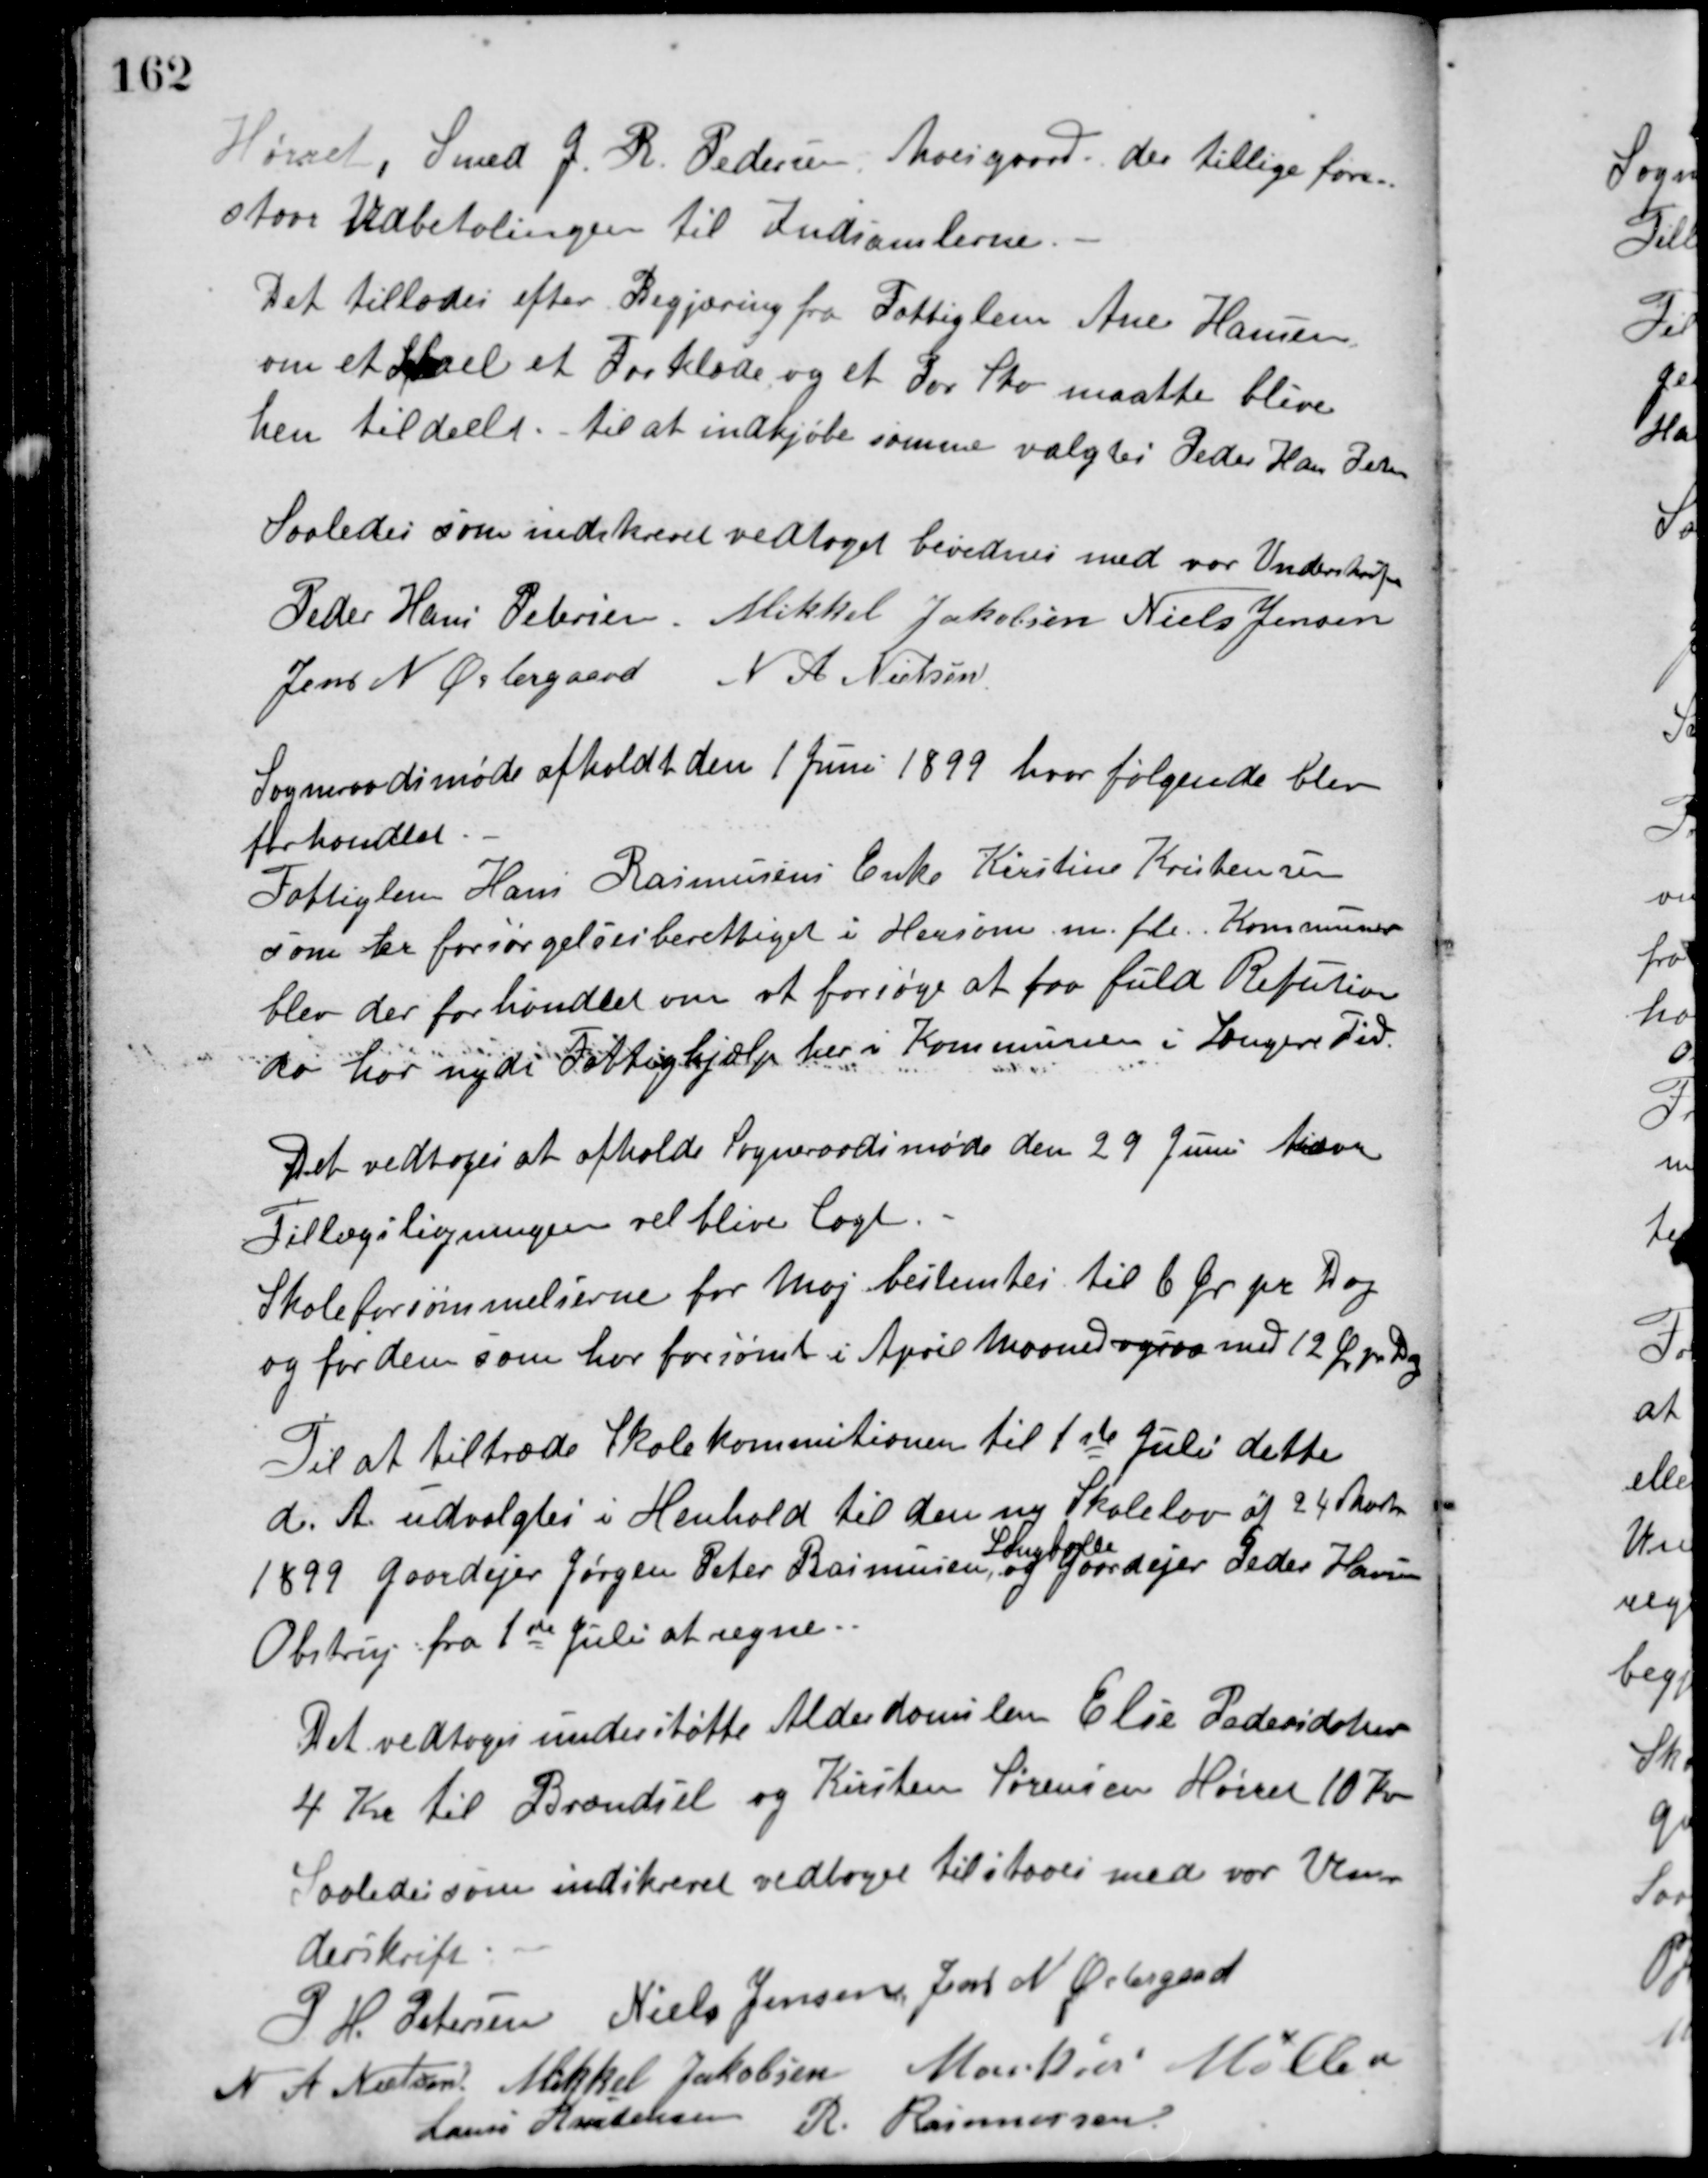
Transskription:
Hørret, Smed J. R. Pedersen, Moesgaard, der tillige fore-
staar Udbetalingen til Indsamlerne.
Det tillodes efter Begjæring fra Fattiglem Ane Hansen
om et Lykael et Forklæde og et par Sko maatte blive
hen tildelt. til at indkjøbe samme valgtes Peder Hans Petersen.
Saaledes som indskrevet vedtaget bevidnes med vor Underskrift
Peder Hans Petersen Mikkel Jakobsen Niels Jensen
Jens N. Østergaard N. A. Nielsen
Sogneraadsmøde afholdt den 1 Juni 1899 hvor følgende blev
forhandlet.
Fattiglem Hans Rasmussens Enke Kirstine Kristensen
som der forsørgelsesberettiget i Hersom m. fl. Kommuner
blev der forhandlet om at forsøge at faa fuld Refution
da har nydt Fattighjælp her i Kommunen i Længere Tid.
Det vedtoges at afholde Sogneraadsmøde den 29 Juni hvor
Tillægsligningen vil blive lagt.
Skoleforsømmelserne for Maj bestemtes til 6 Øre pr. Dag
og for dem som har forsømt i April Maaned ogsaa med 12 Øre pr. Dag
Til at tiltræde Skolekommitionen til 1ste Juli dette
d. A. udvalgtes i Henhold til den ny Skolelov af 24 Marts
1899 Gaardejer Jørgen Peter Rasmussen,
Langballe
og Gaardejer Peder Hansen
Obstrup fra 1ste Juli at regne.
Det vedtoges understøtte Alderdomslem Else Pedersdatter
4 Kr. til Brændsel og Kirsten Sørensen Hørret 10 Kr.
Saaledes som indskrevet vedtaget tilstaaes med vor Un-
derskrift.
P. H. Petersen Niels Jensen Jens N. Østergaard
N. A. Nielsen Mikkel Jakobsen Markus Møller
Laurs Kristensen R. Rasmussen